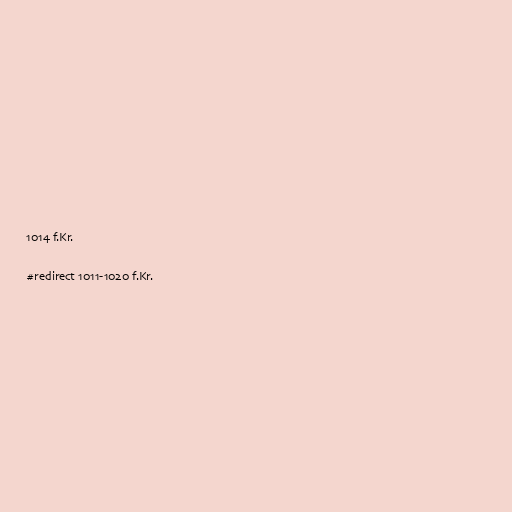
1014 f.Kr.

#redirect 1011-1020 f.Kr.